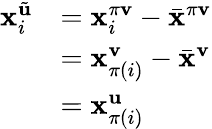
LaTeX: \begin{array}{rl}{\mathbf{x}_{i}^{\tilde{\mathbf{u}}}}&{=\mathbf{x}_{i}^{\pi\mathbf{v}}-\bar{\mathbf{x}}^{\pi\mathbf{v}}}\\ &{=\mathbf{x}_{\pi(i)}^{\mathbf{v}}-\bar{\mathbf{x}}^{\mathbf{v}}}\\ &{=\mathbf{x}_{\pi(i)}^{\mathbf{u}}}\end{array}